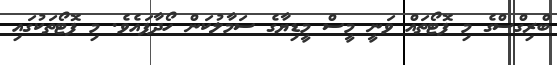
ބްރިގްސްގެ މި ފޮޓޯތައް ވަނީ މީސް މީޑިޔާގެ ސަމާލުކަން ހޯދާފައެވެ. މި ފޮޓޯތަކުގައި